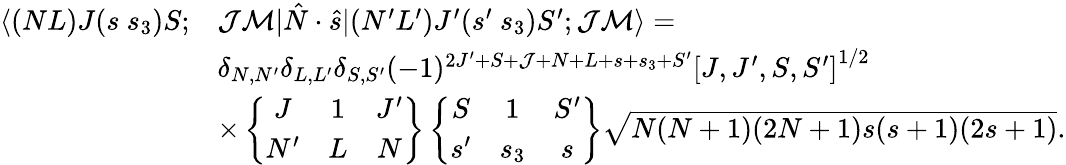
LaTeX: \begin{array}{rl}{\langle(NL)J(s~s_{3})S;}&{\mathcal{J}\mathcal{M}|\hat{N}\cdot\hat{s}|(N^{\prime}L^{\prime})J^{\prime}(s^{\prime}~s_{3})S^{\prime};\mathcal{J}\mathcal{M}\rangle=}\\ &{\delta_{N,N^{\prime}}\delta_{L,L^{\prime}}\delta_{S,S^{\prime}}(-1)^{2J^{\prime}+S+\mathcal{J}+N+L+s+s_{3}+S^{\prime}}\left[J,J^{\prime},S,S^{\prime}\right]^{1/2}}\\ &{\times\left\{ \begin{array}{ccc}{J}&{1}&{J^{\prime}}\\ {N^{\prime}}&{L}&{N}\end{array}\right\} \left\{ \begin{array}{ccc}{S}&{1}&{S^{\prime}}\\ {s^{\prime}}&{s_{3}}&{s}\end{array}\right\} \sqrt{N(N+1)(2N+1)s(s+1)(2s+1)}.}\end{array}